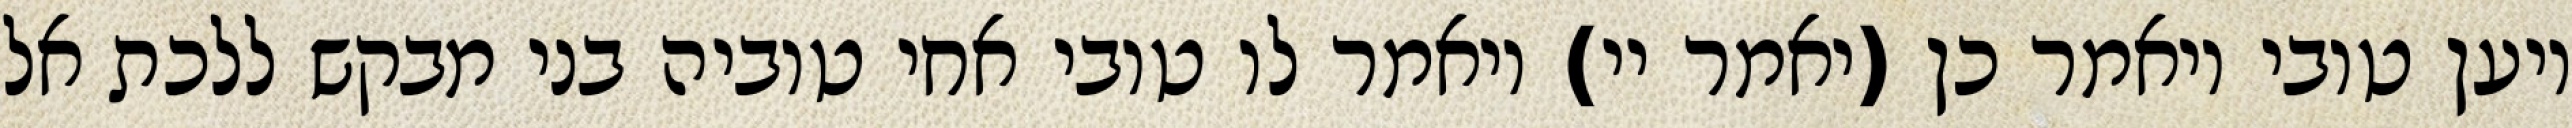
ויען טובי ויאמר כן (יאמר יי) ויאמר לו טובי אחי טוביה בני מבקש ללכת אל